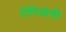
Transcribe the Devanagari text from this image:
टोनियोली